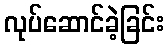
လုပ်ဆောင်ခဲ့ခြင်း